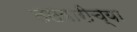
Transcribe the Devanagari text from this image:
तलवारीच्‍या